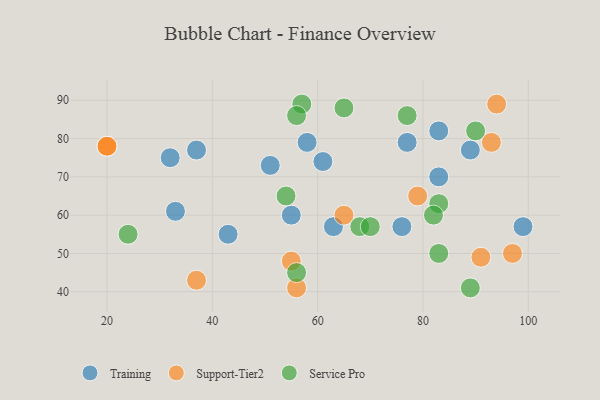
{"axis": {"x": "GDP", "y": "Life Expectancy"}, "legend": ["Service Pro", "Support-Tier2", "Training"], "data": [{"x": "63", "y": 57, "type": "Training"}, {"x": "37", "y": 77, "type": "Training"}, {"x": "43", "y": 55, "type": "Training"}, {"x": "77", "y": 79, "type": "Training"}, {"x": "99", "y": 57, "type": "Training"}, {"x": "83", "y": 70, "type": "Training"}, {"x": "89", "y": 77, "type": "Training"}, {"x": "33", "y": 61, "type": "Training"}, {"x": "83", "y": 82, "type": "Training"}, {"x": "61", "y": 74, "type": "Training"}, {"x": "58", "y": 79, "type": "Training"}, {"x": "51", "y": 73, "type": "Training"}, {"x": "32", "y": 75, "type": "Training"}, {"x": "55", "y": 60, "type": "Training"}, {"x": "76", "y": 57, "type": "Training"}, {"x": "65", "y": 60, "type": "Support-Tier2"}, {"x": "93", "y": 79, "type": "Support-Tier2"}, {"x": "37", "y": 43, "type": "Support-Tier2"}, {"x": "97", "y": 50, "type": "Support-Tier2"}, {"x": "56", "y": 41, "type": "Support-Tier2"}, {"x": "20", "y": 78, "type": "Support-Tier2"}, {"x": "91", "y": 49, "type": "Support-Tier2"}, {"x": "79", "y": 65, "type": "Support-Tier2"}, {"x": "94", "y": 89, "type": "Support-Tier2"}, {"x": "55", "y": 48, "type": "Support-Tier2"}, {"x": "20", "y": 78, "type": "Support-Tier2"}, {"x": "57", "y": 89, "type": "Service Pro"}, {"x": "68", "y": 57, "type": "Service Pro"}, {"x": "54", "y": 65, "type": "Service Pro"}, {"x": "70", "y": 57, "type": "Service Pro"}, {"x": "83", "y": 50, "type": "Service Pro"}, {"x": "90", "y": 82, "type": "Service Pro"}, {"x": "24", "y": 55, "type": "Service Pro"}, {"x": "83", "y": 63, "type": "Service Pro"}, {"x": "56", "y": 45, "type": "Service Pro"}, {"x": "77", "y": 86, "type": "Service Pro"}, {"x": "56", "y": 86, "type": "Service Pro"}, {"x": "65", "y": 88, "type": "Service Pro"}, {"x": "82", "y": 60, "type": "Service Pro"}, {"x": "89", "y": 41, "type": "Service Pro"}]}